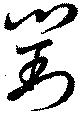
劉